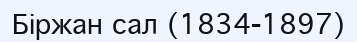
Біржан сал (1834-1897)